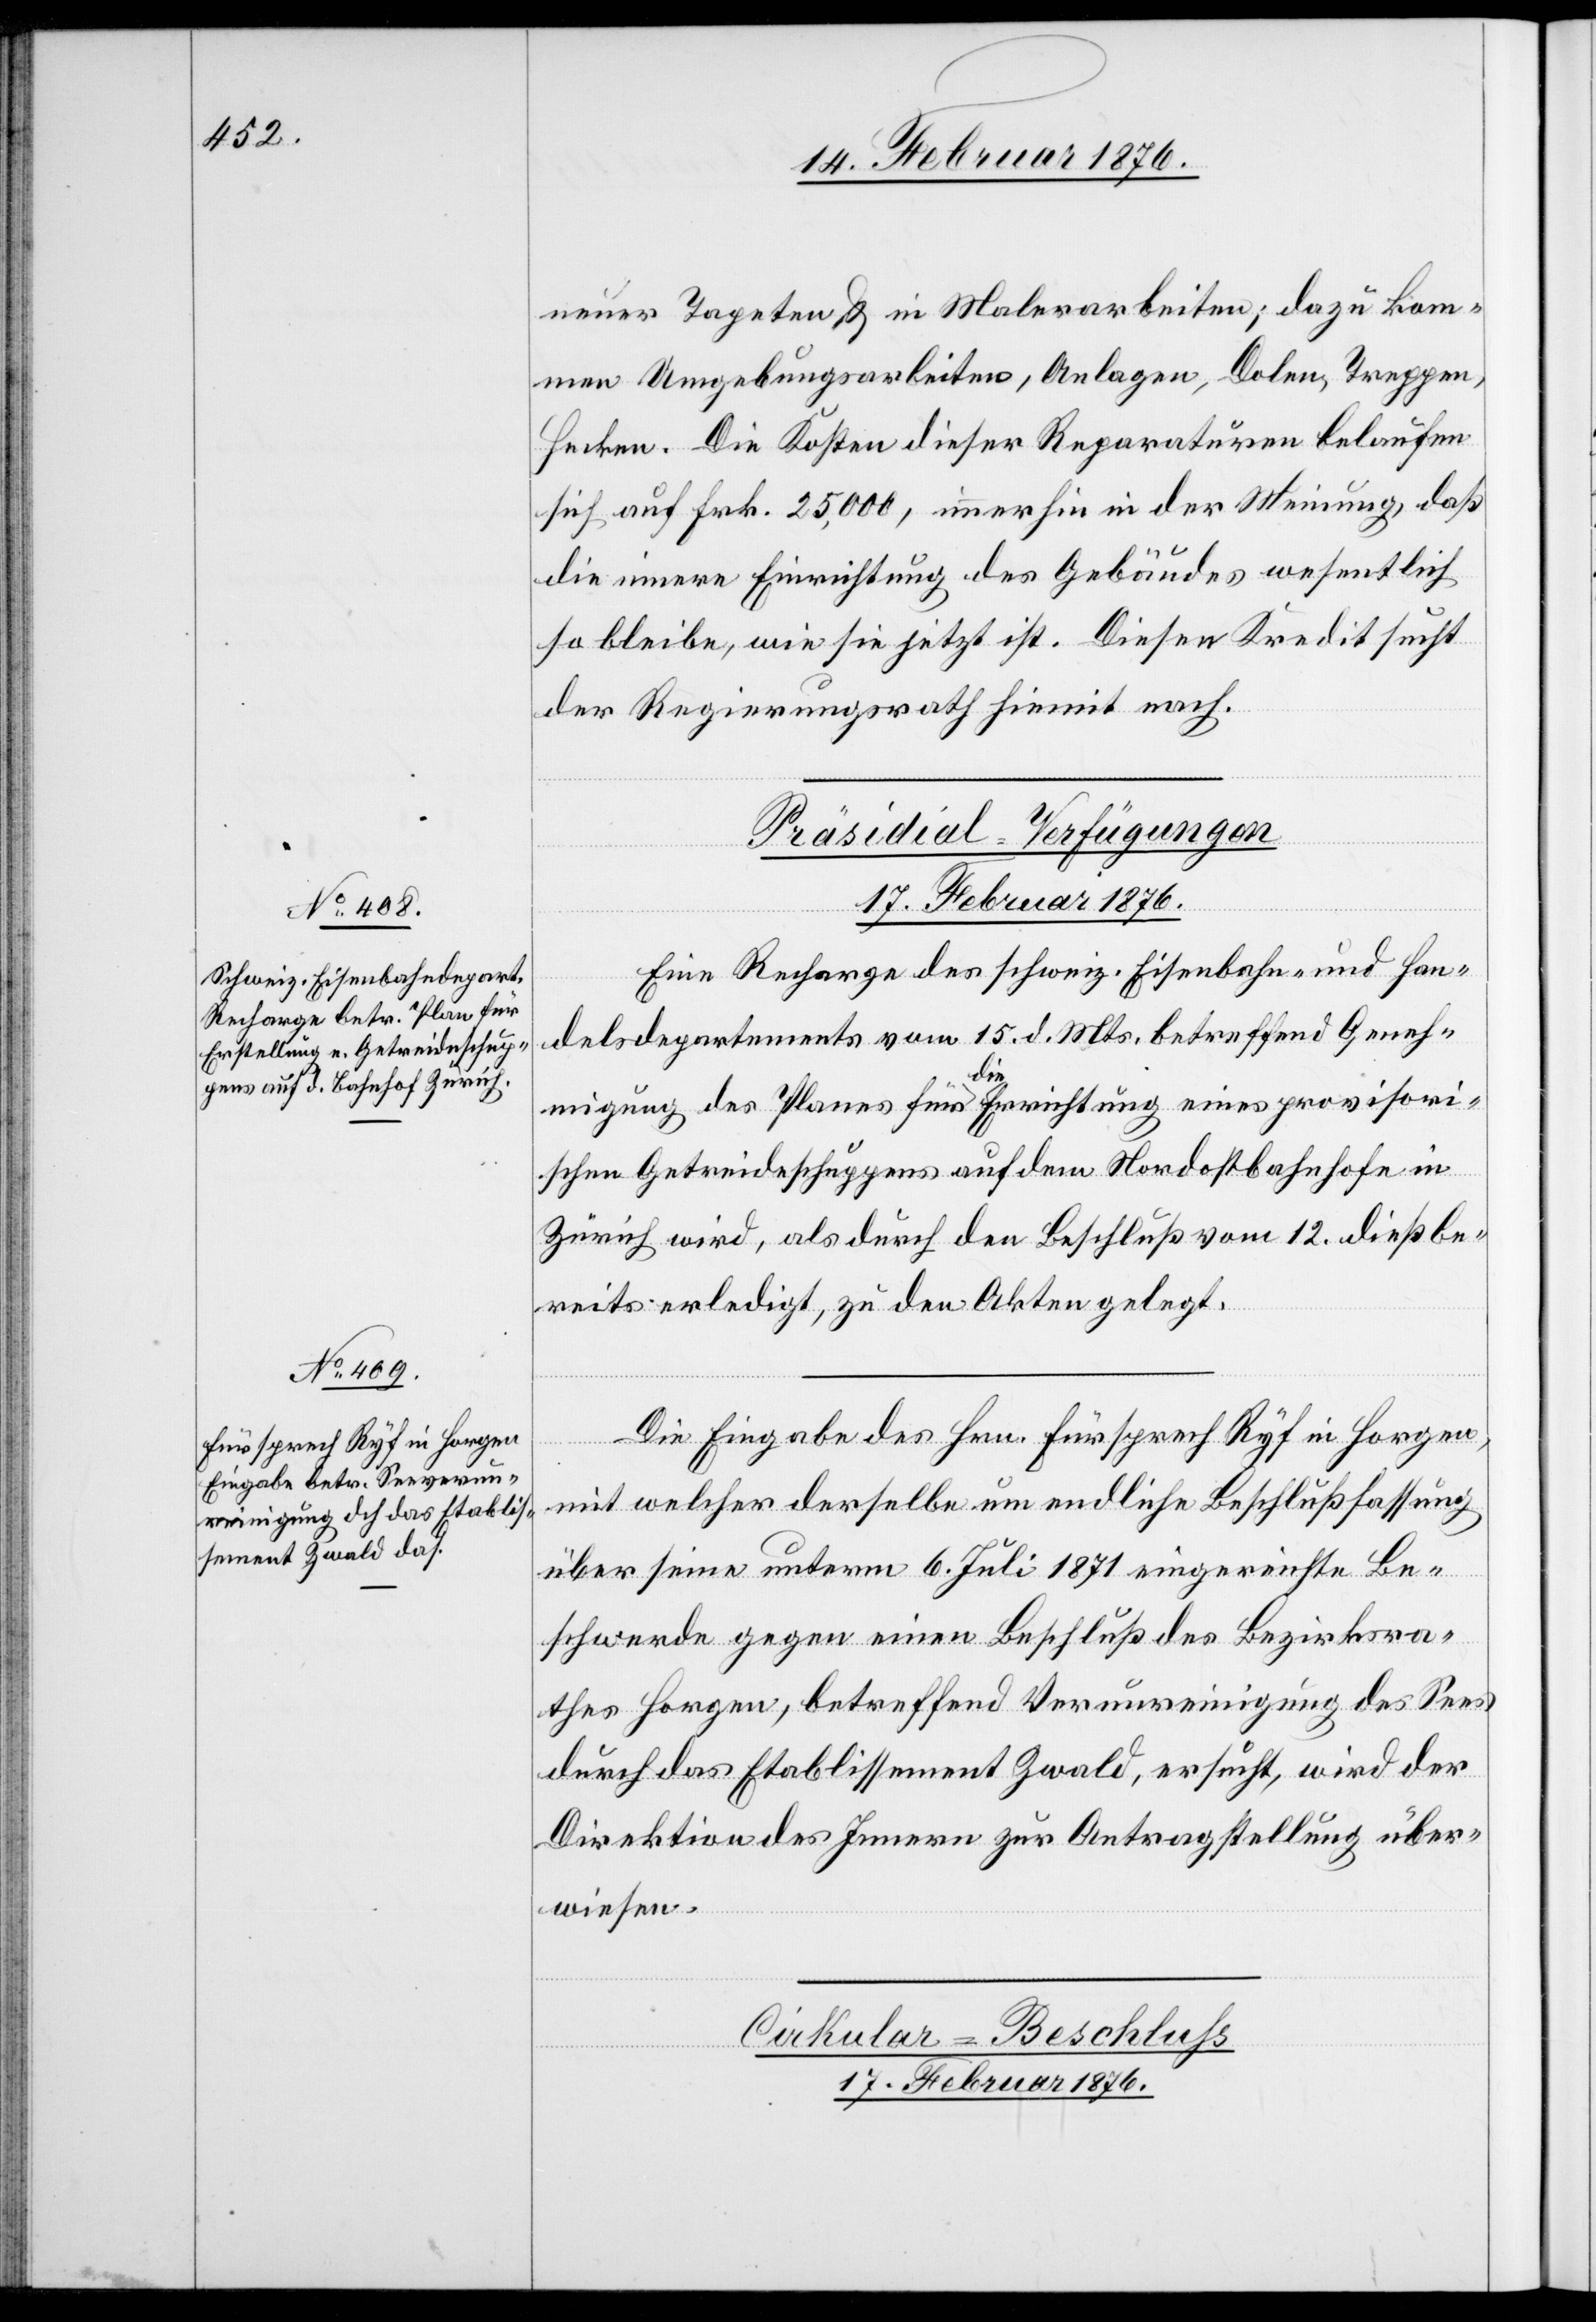
neuer Tapeten & in Malerarbeiten; dazu kom¬
men Umgebungsarbeiten, Anlagen, Dolen, Treppen,
Hecken. Die Kosten dieser Reparaturen belaufen
sich auf Frk. 25,000, immerhin in der Meinung, daß
die innere Einrichtung des Gebäudes wesentlich
so bleibe, wie sie jetzt ist. Diesen Kredit sucht
der Regierungsrath hiemit nach.
[Präsidial-Verfügungen
17. Februar 1876.]
Eine Recharge des schweiz. Eisenbahn- und Han¬
delsdepartements vom 15. d. Mts. betreffend Geneh¬
migung des Planes für die Errichtung eines provisori¬
schen Getreideschuppens auf dem Nordostbahnhofe in
Zürich wird, als durch den Beschluß vom 12. dieß be¬
reits erledigt, zu den Akten gelegt.
Die Eingabe des Hrn. Fürsprech Ryf in Horgen,
mit welcher derselbe um endliche Beschlußfassung
über seine unterm 6. Juli 1871 eingereichte Be¬
schwerde gegen einen Beschluß des Bezirksra¬
thes Horgen, betreffend Verunreinigung des Sees
durch das Etablissement Zwald, ersucht, wird der
Direktion des Innern zur Antragstellung über¬
wiesen.
Cirkular-Beschluss
17. Februar 1876.